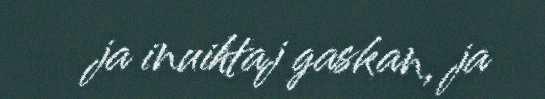
ja inuihtaj gaskan, ja